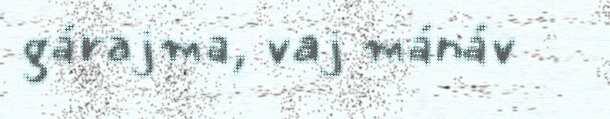
gárajma, vaj mánáv